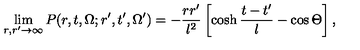
\lim _ { r , r ^ { \prime } \to \infty } P ( r , t , \Omega ; r ^ { \prime } , t ^ { \prime } , \Omega ^ { \prime } ) = - \frac { r r ^ { \prime } } { l ^ { 2 } } \left[ \cosh \frac { t - t ^ { \prime } } { l } - \cos \Theta \right] ,